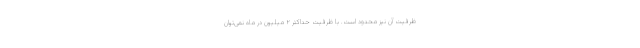
ظرفیت آن نیز محدود است. با ظرفیت حداکثر ۲ میلیون در ماه نمی‌توان